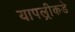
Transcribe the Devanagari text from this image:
यापल्रीकडे